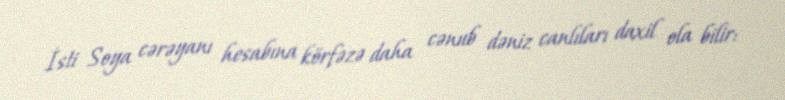
İsti Soya cərəyanı hesabına körfəzə daha cənub dəniz canlıları daxil ola bilir: